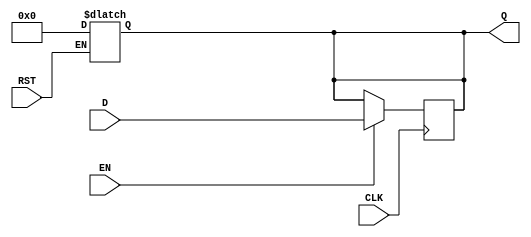
module stage_register #(
    parameter WIDTH = 8  // Parameter to define the width of the register
)(
    input wire [WIDTH-1:0] D,      // Data input
    input wire CLK,                 // Clock input
    input wire RST,                 // Reset input
    input wire EN,                  // Enable input (optional)
    output reg [WIDTH-1:0] Q        // Data output
);

// Asynchronous reset
always @(*) begin
    if (RST) begin
        Q <= {WIDTH{1'b0}}; // Reset to zero
    end
end

// Synchronous operation with enable
always @(posedge CLK) begin
    if (EN) begin
        Q <= D; // Capture data on clock edge if enabled
    end
    // If EN is low, Q retains its previous value
end

endmodule